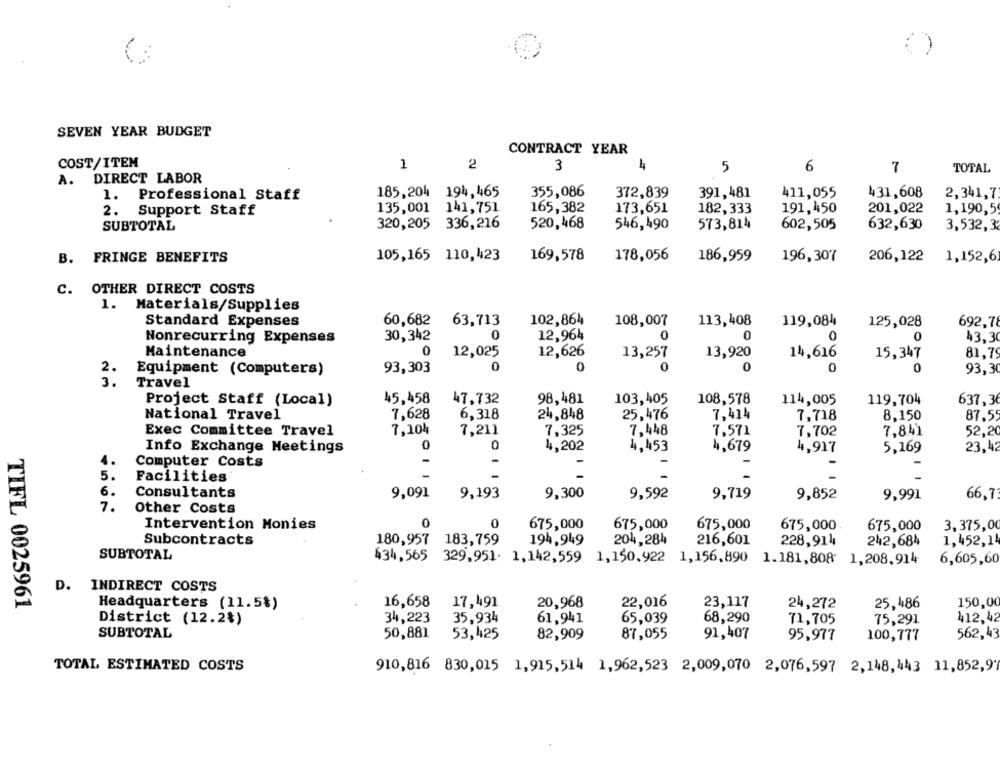
SEVEN YEAR BUDGET
CONTRACT YEAR
COST/ITEM
1
2
3
4
5
6
7
TOTAL
A. DIRECT LABOR
185,204 194,465
355,086
372,839
391,481
411,055
431,608
2,341,7
1. Professional Staff
135,001 141,751
165,382
173,651
182,333
191,450
201,022
1,190,5
2. Support Staff
320,205
336,216
520,468
546,490
SUBTOTAL
573,814
602,505
632,630
3,532,3
B. FRINGE BENEFITS
105,165 110,423
169,578
178,056
186,959
196,307
206,122
1,152,6
c.
OTHER DIRECT COSTS
1.
Materials/Supplies
Standard Expenses
60,682
63,713
102,864
108,007
113,408
119,084
125,028
692,78
Nonrecurring Expenses
30,342
0
12,964
0
0
0
0
43.30
Maintenance
0
12,025
12,626
13,257
13,920
14,616
81.79
15,347
Equipment (Computers)
93,303
0
0
0
0
0
0
93,30
NM
Travel
Project Staff (Local)
45,458
47,732
98,481
103,405
108,578
114,005
119,704
637,36
National Travel
7,628
6,318
24,848
25,476
7,414
7,718
8.150
87.55
Exec Committee Travel
7,104
7,211
7,325
7.448
7,571
7,702
7,841
52,20
Info Exchange Meetings
4,202
4,453
4,679
4,917
5,169
23,42
Computer Costs
-
5.
Facilities
6.
Consultants
9,091
9,193
9,300
9,592
9,719
9,852
9,991
66,7
7.
Other Costs
Intervention Monies
0
0
675,000
675,000
675,000
675,000
675,000
3,375,00
Subcontracts
180,957
183,759
194,949
204,284
216,601
228,914
242,684
1,452,14
SUBTOTAL
434,565 329,951. 1,142,559
1,150.922 1,156,890
1.181,808 1,208,914
6,605,60
D.
INDIRECT COSTS
16,658
17,491
20,968
22,016
23,117
24,272
25,486
150,00
TIFL 0025961
Headquarters (11.5%)
34,223
35,934
61.941
65,039
68,290
412,42
District (12.2%)
71,705
75,291
SUBTOTAL
50,881
53,425
82,909
87,055
91,407
562,43
95,977
100,777
TOTAL ESTIMATED COSTS
910,816 830,015 1,915,514 1,962,523 2,009,070 2,076,597 2,148,443 11,852,9